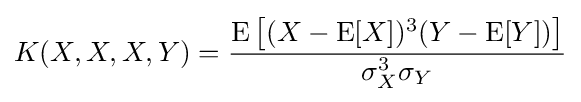
K(X,X,X,Y)={\operatorname {E} {{\big [}(X-\operatorname {E} [X])^{3}(Y-\operatorname {E} [Y]){\big ]}} \over \sigma _{X}^{3}\sigma _{Y}}